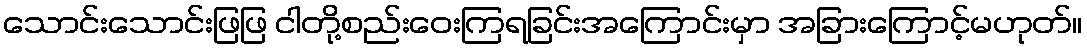
သောင်းသောင်းဖြဖြ ငါတို့စည်းဝေးကြရခြင်းအကြောင်းမှာ အခြားကြောင့်မဟုတ်။